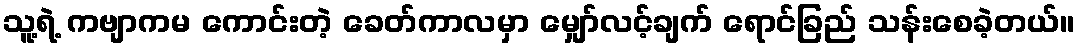
သူ့ရဲ့ ကဗျာကမ ကောင်းတဲ့ ခေတ်ကာလမှာ မျှော်လင့်ချက် ရောင်ခြည် သန်းစေခဲ့တယ်။